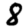
Digit: 8